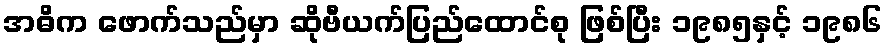
အဓိက ဖောက်သည်မှာ ဆိုဗီယက်ပြည်ထောင်စု ဖြစ်ပြီး ၁၉၈၅နှင့် ၁၉၈၆